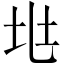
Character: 𡉵